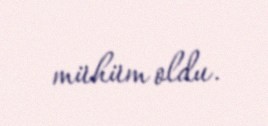
mühüm oldu.